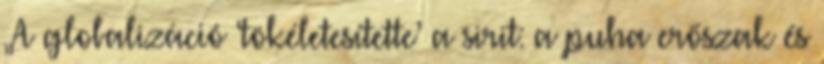
„A globalizáció ‘tökéletesítette’ a sirit: a puha erőszak és